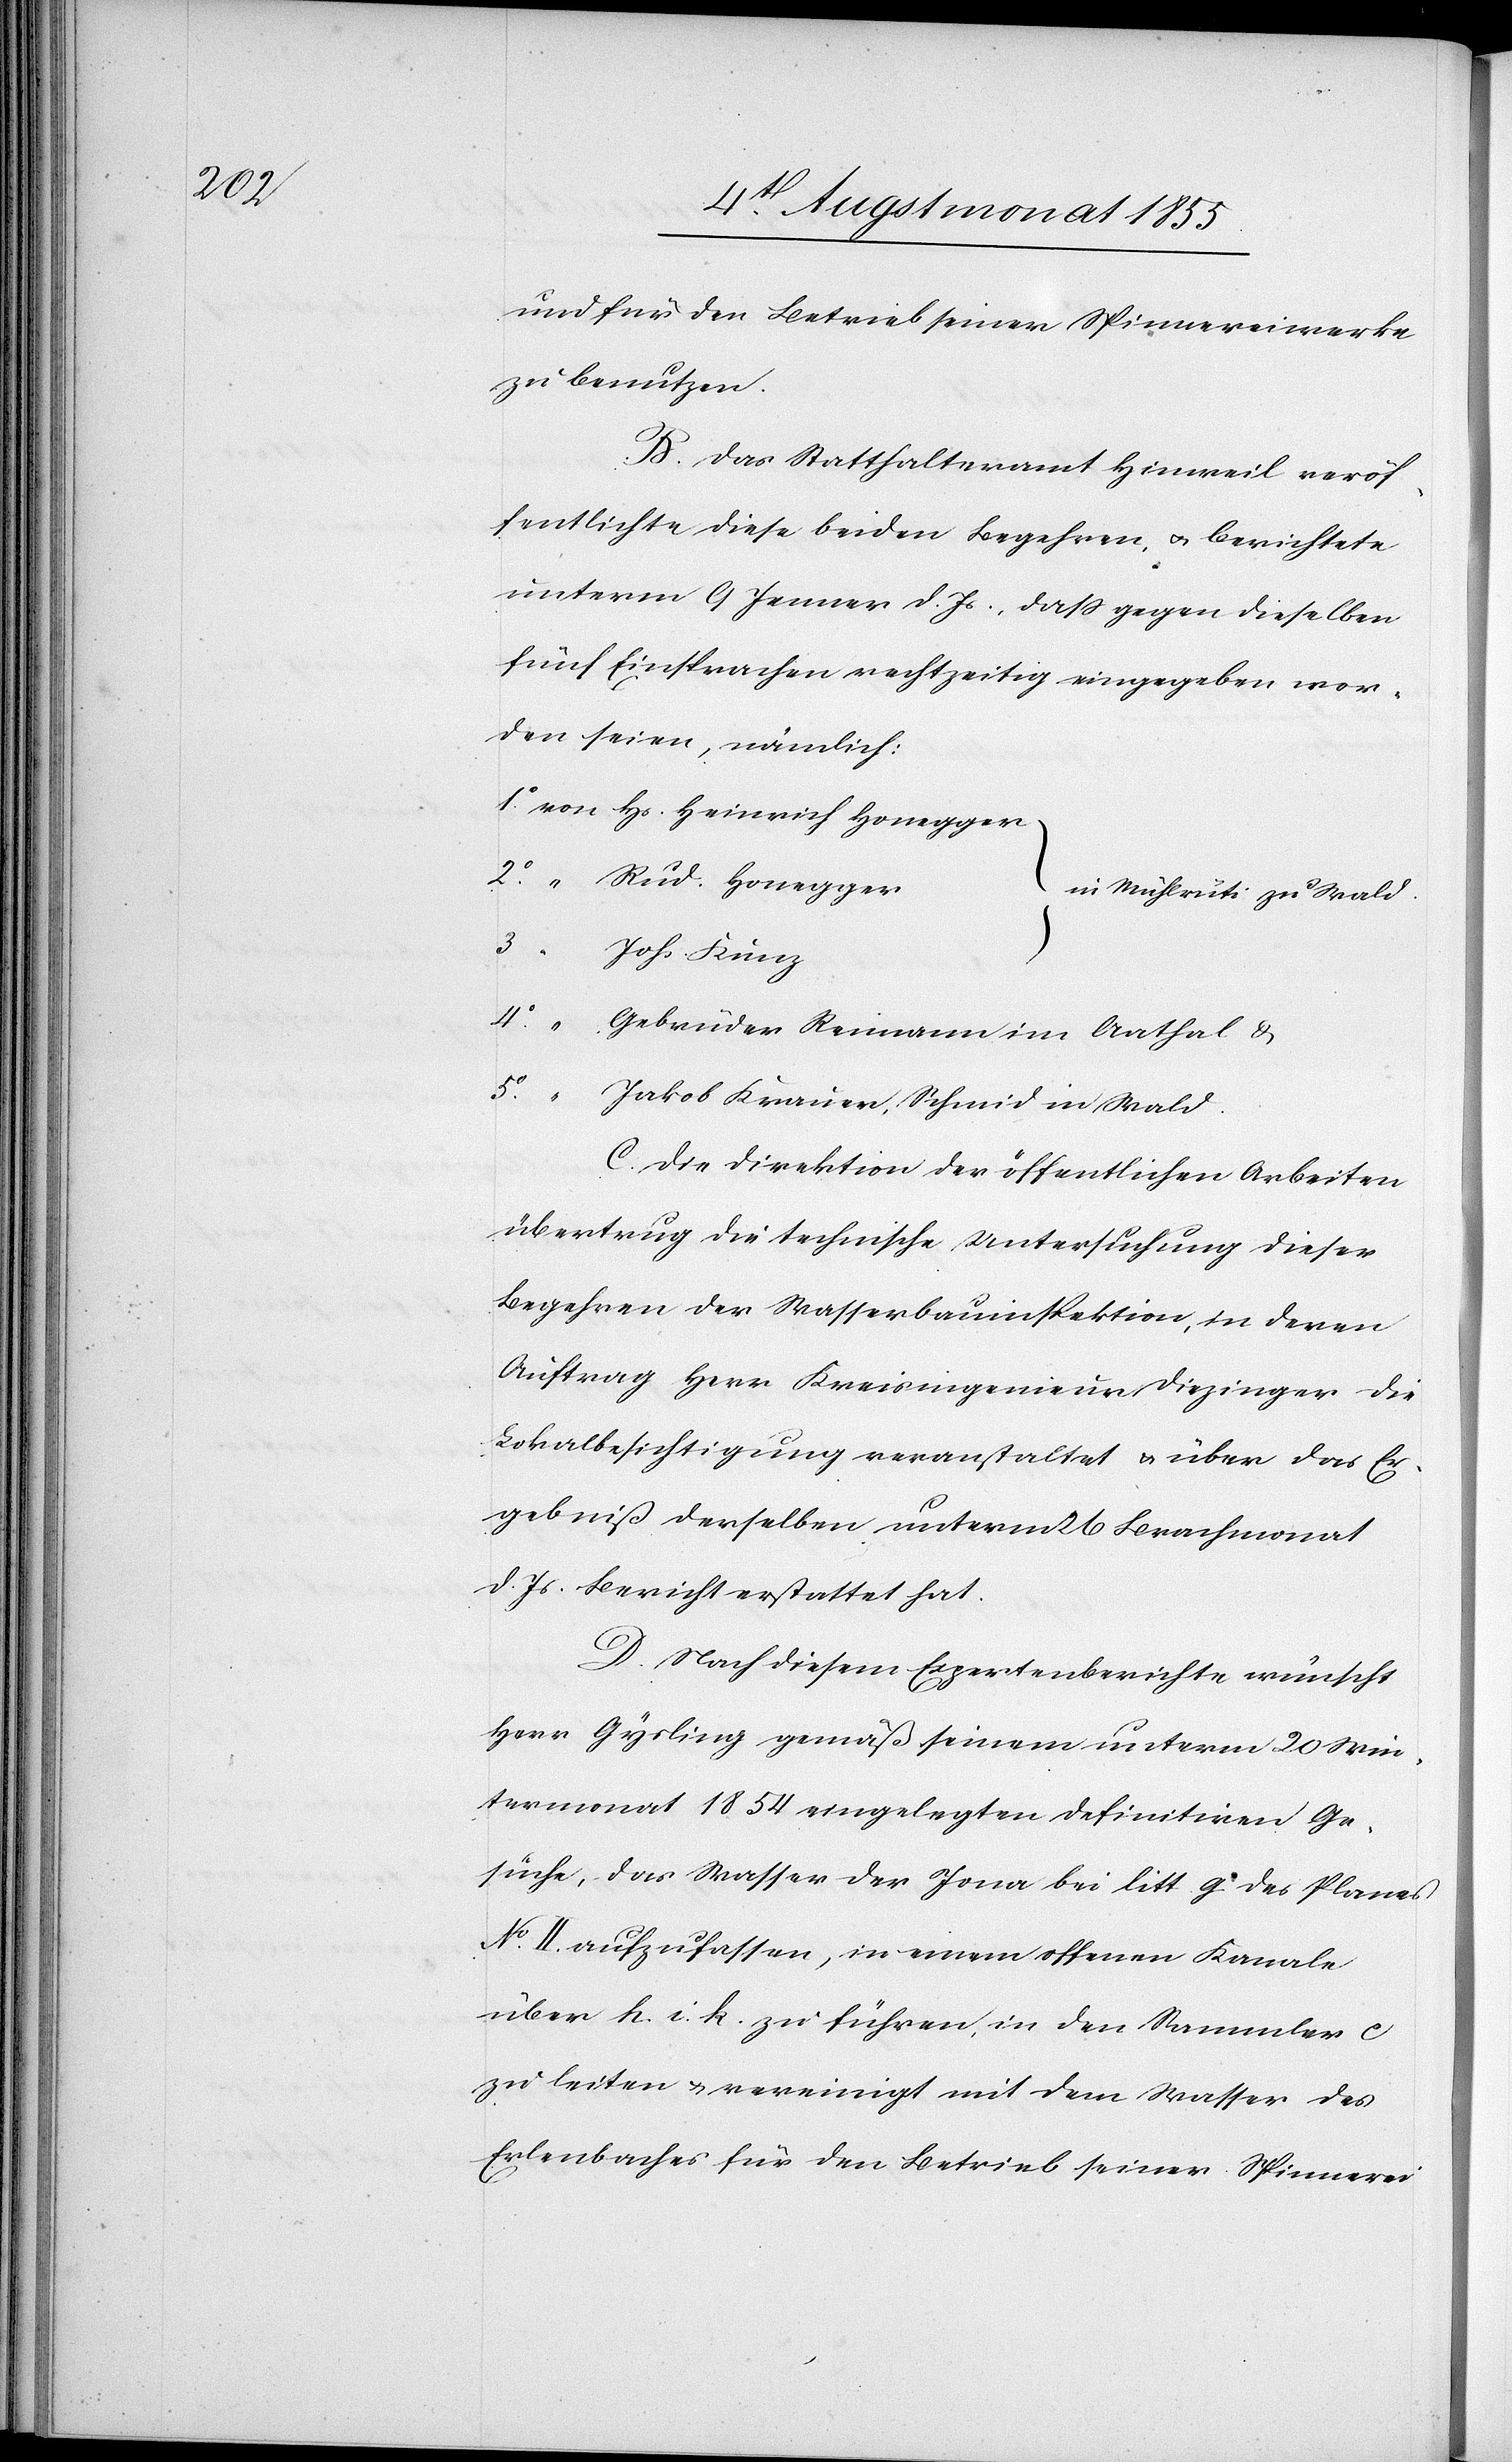
und für den Betrieb seiner Spinnereiwerke
zu benutzen.
B. Das Statthalteramt Hinweil veröf¬
fentlichte diese beiden Begehren & berichtete
unterm 9 Jenner d. Js., dass gegen dieselben
fünf Einsprachen rechtzeitig eingegeben wor¬
den seien, nämlich:
von Hs. Heinrich Honegger
“ Rud. Honegger
[in Mühlrüti zu Wald.]
3
Johs Kunz
4.o
Gebrüder Reimann im Aathal &
5.o
Jakob Krauer, Schmid in Wald.
C. Die Direktion der öffentlichen Arbeiten
übertrug die technische Untersuchung dieser
Begehren der Wasserbauinspektion, in deren
Auftrag Herr Kreisingenieur Diezinger die
Lokalbesichtigung veranstaltet & über das Er¬
gebniß derselben unterm 26 Brachmonat
d. Js. Bericht erstattet hat.
D. Nach diesem Expertenberichte wünscht
Herr Gysling gemäß seinem unterm 20 Win¬
termonat 1854 eingelegten definitiven Ge¬
suche, das Wasser der Jona bei litt. g des Planes
No. II. aufzufassen, in einem offenen Kanale
über h. i. k. zu führen, in den Sammler c
zu leiten & vereinigt mit dem Wasser des
Erlenbaches für den Betrieb seiner Spinnerei